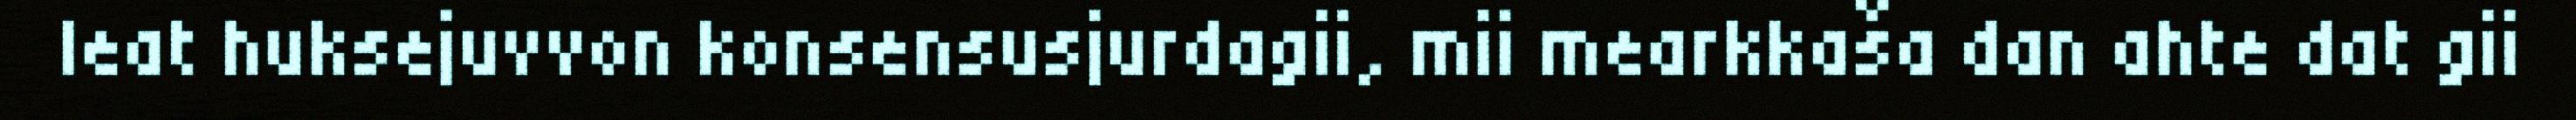
leat huksejuvvon konsensusjurdagii, mii mearkkaša dan ahte dat gii